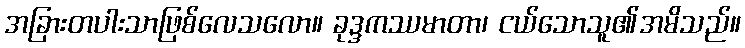
အခြားတပါးသာဖြစ်လေသလော။ ခုဒ္ဒကဿမာတာ၊ ငယ်သောသူ၏အမိသည်။